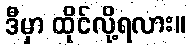
ဒီမှာ ထိုင်လို့ရလား။